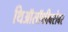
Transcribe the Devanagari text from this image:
थिऑसॉफीबरोबर